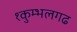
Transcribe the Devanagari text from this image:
१कुम्भलगढ